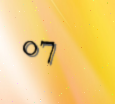
07